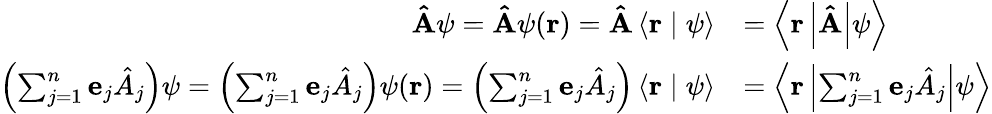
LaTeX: {\begin{array}{rl}{\mathbf{\hat{A}}\psi=\mathbf{\hat{A}}\psi(\mathbf{r})=\mathbf{\hat{A}}\left\langle\mathbf{r}\mid\psi\right\rangle}&{=\left\langle\mathbf{r}\left\vert\mathbf{\hat{A}}\right\vert\psi\right\rangle}\\ {\left(\sum_{j=1}^{n}\mathbf{e}_{j}{\hat{A}}_{j}\right)\psi=\left(\sum_{j=1}^{n}\mathbf{e}_{j}{\hat{A}}_{j}\right)\psi(\mathbf{r})=\left(\sum_{j=1}^{n}\mathbf{e}_{j}{\hat{A}}_{j}\right)\left\langle\mathbf{r}\mid\psi\right\rangle}&{=\left\langle\mathbf{r}\left\vert\sum_{j=1}^{n}\mathbf{e}_{j}{\hat{A}}_{j}\right\vert\psi\right\rangle}\end{array}}